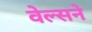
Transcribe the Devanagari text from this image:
वेल्सने